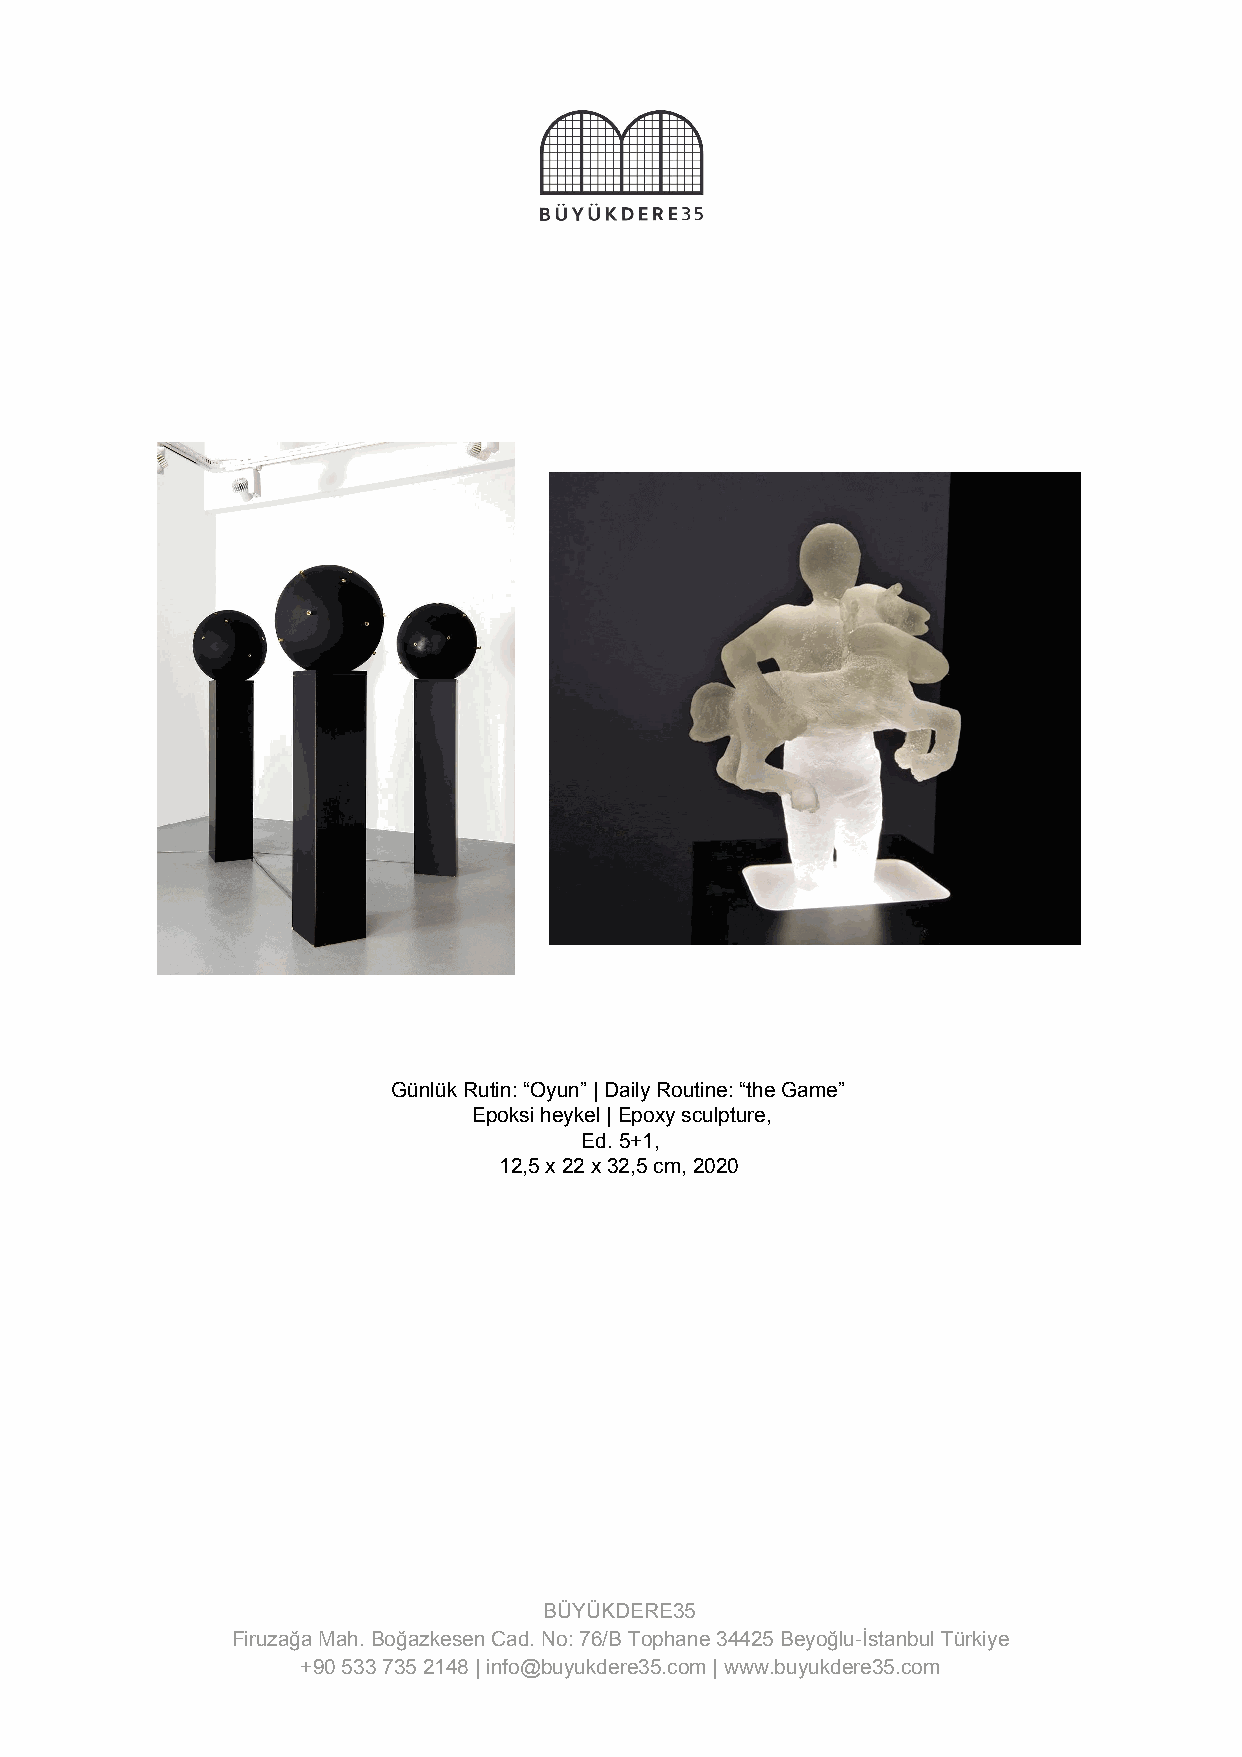
Günlük Rutin: “Oyun” | Daily Routine: “the Game”
 Epoksi heykel | Epoxy sculpture,
 Ed. 5+1,
 12,5 x 22 x 32,5 cm, 2020
 BÜYÜKDERE35
 Firuzağa Mah. Boğazkesen Cad. No: 76/B Tophane 34425 Beyoğlu-İstanbul Türkiye
 +90 533 735 2148 | info@buyukdere35.com | www.buyukdere35.com